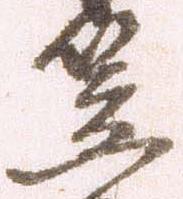
笠